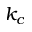
k _ { c }